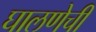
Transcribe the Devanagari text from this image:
घालणेची